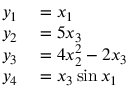
\begin{array} { r l } { y _ { 1 } } & { { } = x _ { 1 } } \\ { y _ { 2 } } & { { } = 5 x _ { 3 } } \\ { y _ { 3 } } & { { } = 4 x _ { 2 } ^ { 2 } - 2 x _ { 3 } } \\ { y _ { 4 } } & { { } = x _ { 3 } \sin x _ { 1 } } \end{array}